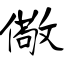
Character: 儆